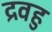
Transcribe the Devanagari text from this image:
द्रवहु